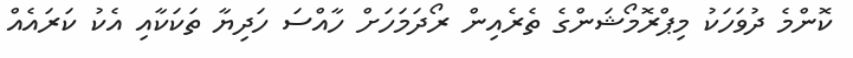
ކޮންމެ ދުވަހަކު މިޕްރޮމޯޝަންގެ ތެރެއިން ރޯދަމަހަށް ހާއްސަ ހަދިޔާ ތަކަކާއި އެކު ކަރައެއް